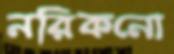
নরিকনো